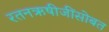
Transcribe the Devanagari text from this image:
रतनऋषीजींसोबत